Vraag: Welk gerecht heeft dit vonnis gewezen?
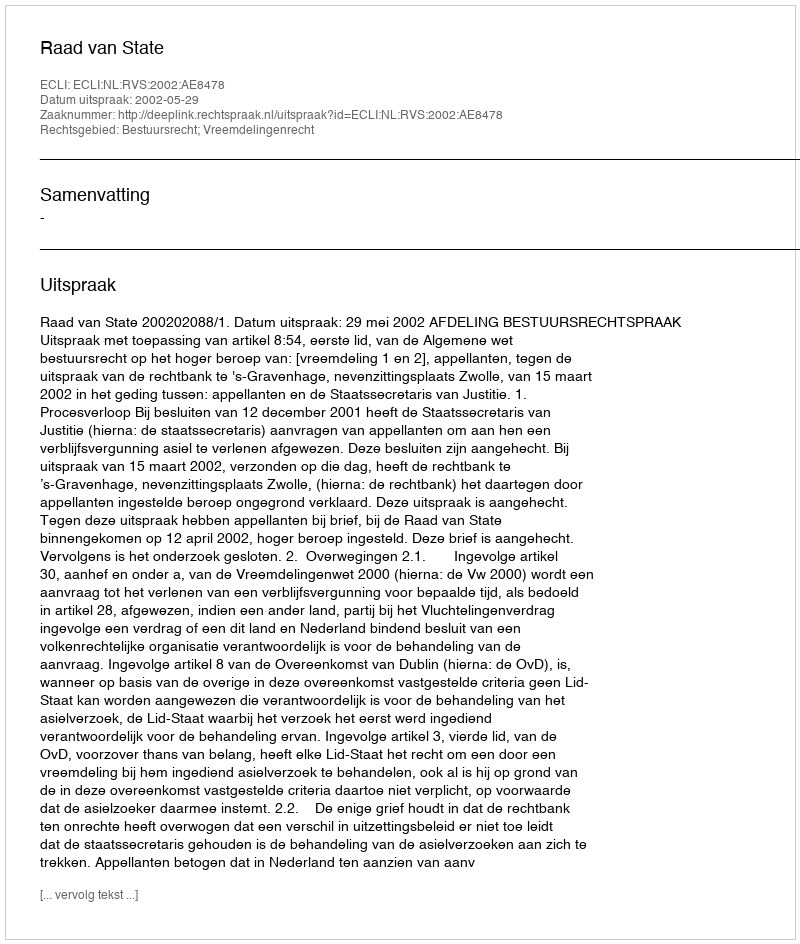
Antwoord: Raad van State